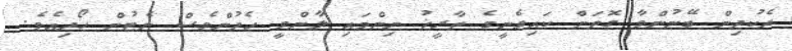
ދެކުދިން ބޭނުންވާ ގޮތަށް ކައިވެނީގެ ތާރީޚު ނިންމައި ލާންވީ ހެދުންވެސް ނެޓުން ހޯދިއެވެ.